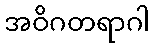
အဝိဂတရာဂါ